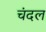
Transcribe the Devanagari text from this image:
चंदल